Indian journal of veterinary science and animal husbandry - Volumes 15-17, 1948-1951
Year: 1948
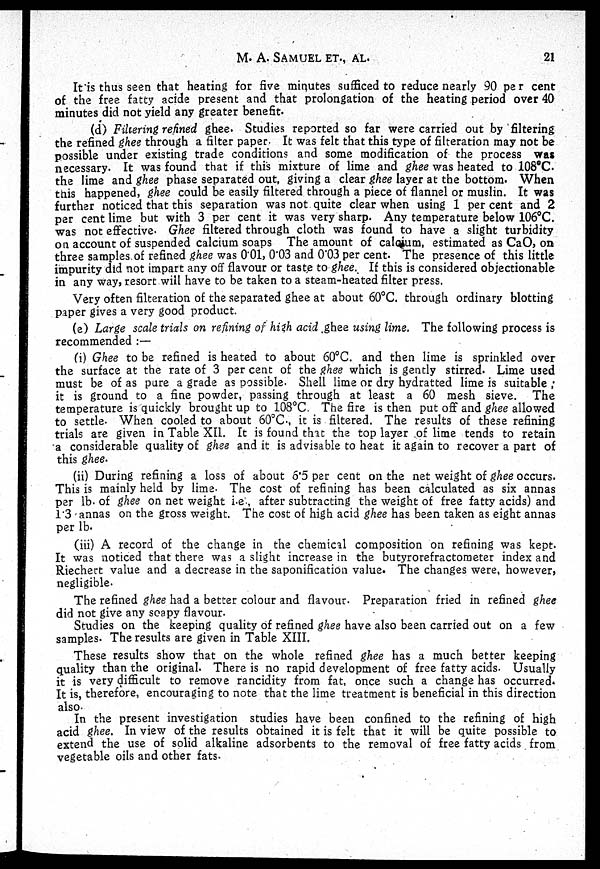
M.
A.
SAMUEL
ET.,
AL.
21
It is thus seen that heating for five minutes sufficed to reduce nearly 90 pe r cent
of the free fatty acide present and that prolongation of the heating period over 40
minutes did not yield any greater benefit.
(d) Filtering refined ghee. Studies reported so far were carried out by filtering
the refined ghee through a filter paper. It was felt that this type of filteration may not be
possible under existing trade conditions and some modification of the process was
necessary. It was found that if this mixture of lime and ghee was heated to 108°C
the lime and ghee phase separated out, giving a clear ghee layer at the bottom. When
this happened, ghee could be easily filtered through a piece of flannel or muslin. It was
further noticed that this separation was not quite clear when using 1 per cent and 2
per cent lime but with 3 per cent it was very sharp. Any temperature below 106°C.
was not effective. Ghee filtered through cloth was found to have a slight turbidity
on account of suspended calcium soaps The amount of calcium, estimated as CaO, on
three samples of refined ghee was 0.01, 0.03 and 0.03 per cent. The presence of this little
impurity did not impart any off flavour or taste to ghee. If this is considered objectionable
in any way, resort will have to be taken to a steam-heated filter press.
Very often filteration of the separated ghee at about 60°C. through ordinary blotting
paper gives a very good product.
(e) Large scale trials on refining of high acid ghee using lime. The following process is
recommended :—
(i) Ghee to be refined is heated to about 60°C. and then lime is sprinkled over
the surface at the rate of 3 per cent of the ghee which is gently stirred. Lime used
must be of as pure a grade as possible. Shell lime or dry hydratted lime is suitable ;
it is ground to a fine powder, passing through at least a 60 mesh sieve. The
temperature is quickly brought up to 108°C The fire is then put off and ghee allowed
to settle. When cooled to about 60°C., it is filtered. The results of these refining
trials are given in Table XII. It is found that the top layer of lime tends to retain
a considerable quality of ghee and it is advisable to heat it again to recover a part of
this ghee.
(ii) During refining a loss of about 6.5 per cent on the net weight of ghee occurs.
This is mainly held by lime. The cost of refining has been calculated as six annas
per lb. of ghee on net weight i.e , after subtracting the weight of free fatty acids) and
1.3 annas on the gross weight. The cost of high acid ghee has been taken as eight annas
per lb.
(iii) A record of the change in the chemical composition on refining was kept.
It was noticed that there was a slight increase in the butyrorefractometer index and
Riechert value and a decrease in the saponification value. The changes were, however,
negligible.
The refined ghee had a better colour and flavour. Preparation fried in refined ghee
did not give any soapy flavour.
Studies on the keeping quality of refined ghee have also been carried out on a few
samples. The results are given in Table XIII.
These results show that on the whole refined ghee has a much better keeping
quality than the original. There is no rapid development of free fatty acids. Usually
it is very difficult to remove rancidity from fat, once such a change has occurred.
It is, therefore, encouraging to note that the lime treatment is beneficial in this direction
also.
In the present investigation studies have been confined to the refining of high
acid ghee. In view of the results obtained it is felt that it will be quite possible to
extend the use of solid alkaline adsorbents to the removal of free fatty acids from
vegetable oils and other fats.